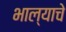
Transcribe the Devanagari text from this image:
भाल्याचे